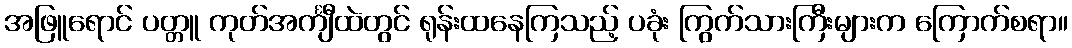
အဖြူရောင် ပတ္တူ ကုတ်အင်္ကျီထဲတွင် ရုန်းထနေကြသည့် ပခုံး ကြွက်သားကြီးများက ကြောက်စရာ။